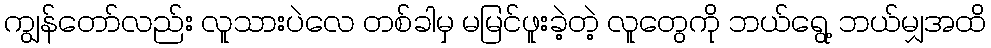
ကျွန်တော်လည်း လူသားပဲလေ တစ်ခါမှ မမြင်ဖူးခဲ့တဲ့ လူတွေကို ဘယ်ရွေ့ ဘယ်မျှအထိ